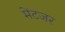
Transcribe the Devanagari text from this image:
मेंटजर